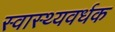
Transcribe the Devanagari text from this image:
स्‍वास्‍थ्‍यवर्धक